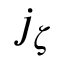
j _ { \zeta }